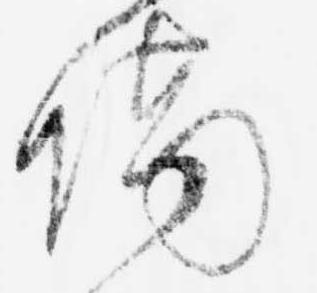
隔